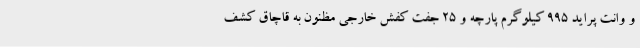
و وانت پراید 995 کیلوگرم پارچه و 25 جفت کفش خارجی مظنون به قاچاق کشف